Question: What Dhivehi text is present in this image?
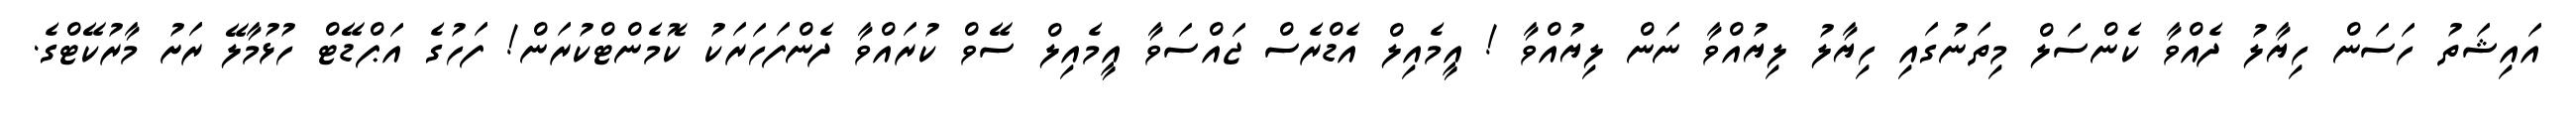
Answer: އައިޝަތު ހަސަން ހިޔާލު ދެއްވާ ކެންސަލް މިތަނުގައި ހިޔާލު ލިޔުއްވާ ނަން ލިޔުއްވާ ! އީމެއިލް އެޑްރެސް ޖައްސަވާ އީމެއިލް ސޭވް ކުރައްވާ ދެންފަހަރަކު ކޮމެންޓްކުރަން! ފަހުގެ އަޕްޑޭޓް ހުޅުމާލޭ ރަށު މާރުކޭޓްގެ.